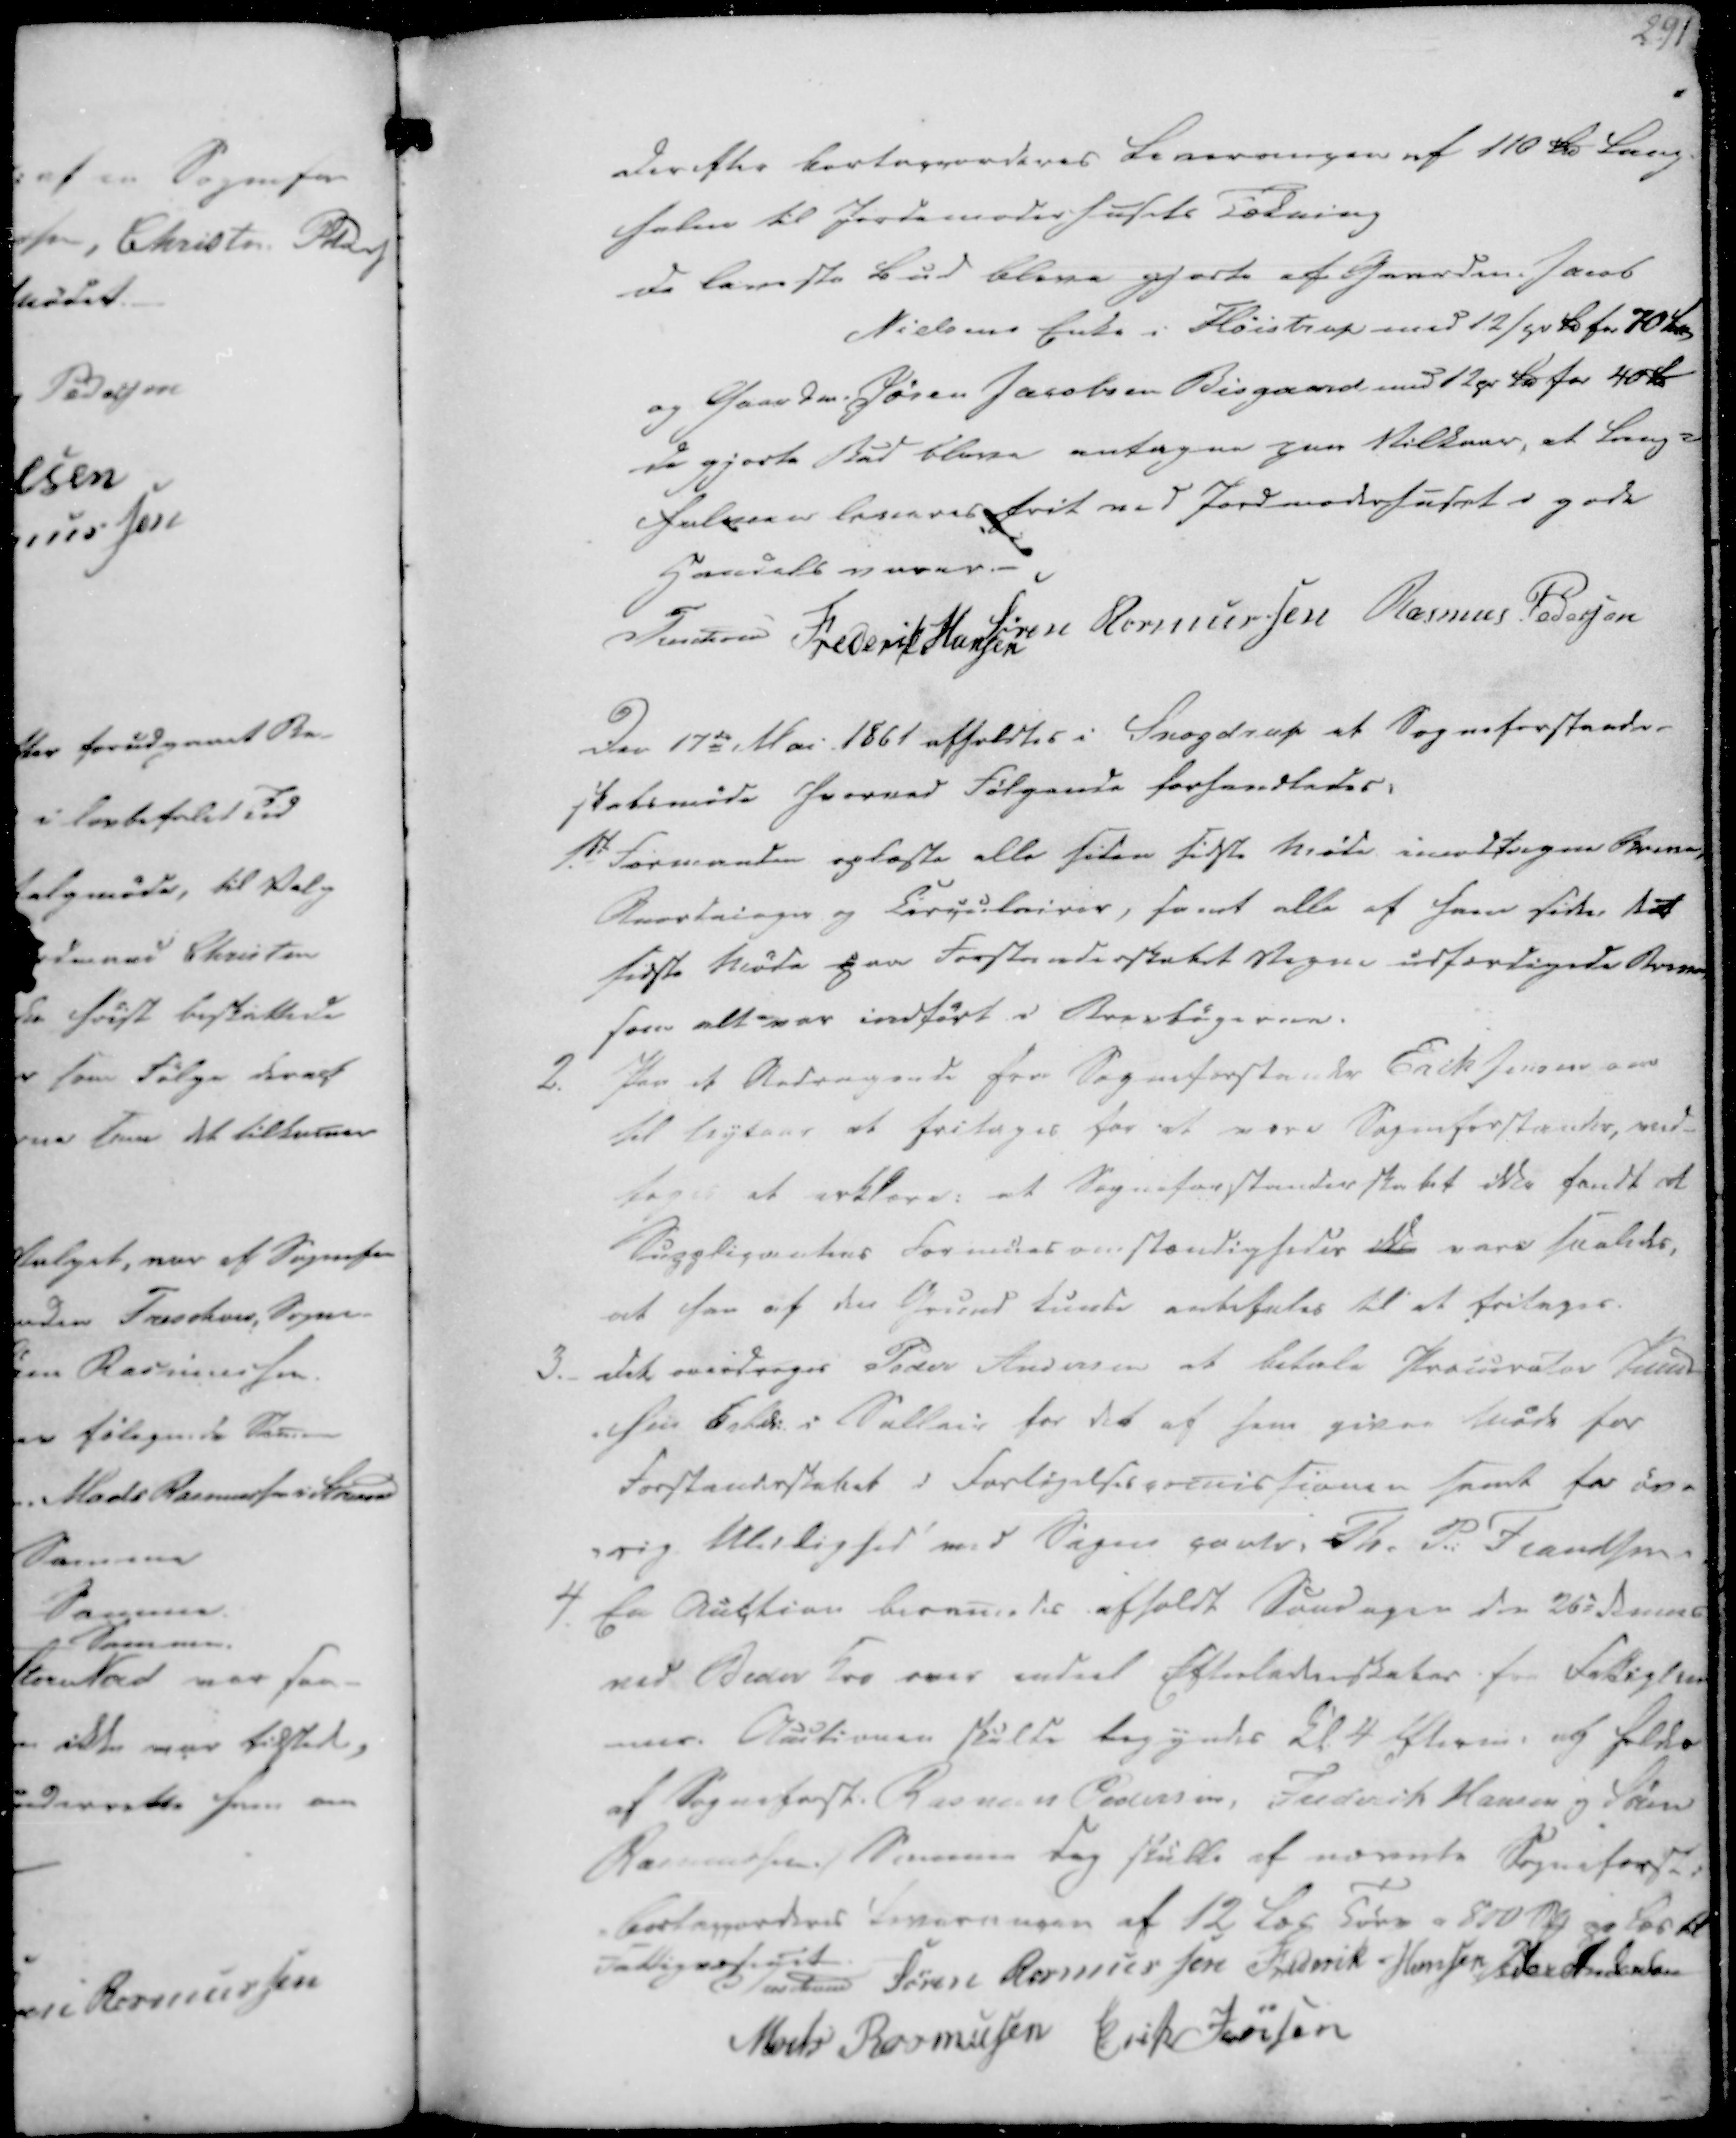
Transskription:
Derefter bortaccorderes Leveringen af 110 Td Lang
halm til Jordemoderhusets Tækning
De laveste Bud bleve gjorte af Gaardm. Jacob
Nielsens Enke i Fløistrup med 12/pr Td for 70 
og Gaardm. Søren Jacobsen Bisgaard, med 12 pr Td for 40 Rd
de gjorte Bud bleve antagne paa Vilkaar, at Lang-
Halmen leveres frit ved Jordmoderhuset i gode
Handels varer.

Treschov
Frederik Hansen
Søren Rasmussen
Rasmus Pedersen

Den 17de Mai 1861 afholdtes i Snogdrup et Sogneforstander-
skabsmøde hvorved Følgende forhandledes:

1.st Formanden oplæste alle siden sidste Møde imodtagene Breve,
Anordninger og Circulairer, samt alle af ham siden det
sidste Møde paa Forstanderskabet Vegne udfærdigede Breve
som alt var indført i Brevbøgerne.
2. Paa et Andragende fra Sogneforstander Erik Jensen om
til Nytaar at fritages for at være Sogneforstander, ved-
tages at erklære: at Sogneforstanderskabet ikke fandt det
Suppligmetens Formedes omstændigheder ikke vare saaledes,
at han af den Grund kunde anbefales til at fritages.

3._ Det overdrages Peder Andersen at betale Procurator Taus
-sen 6 Rdl. i Sallair for det af ham givne Møde for
Forstanderskabet i Forligelsescomissionen samt for øv-
-rig Uleilighed med Sogne cautr. Th. P. Frandsen.
4. En Auction beramedes afholdt Søndagen den 26e dennes
ved Beder Kro over endeel Efterladenskaber fra Fattiglem
mer. Auctionen skulde begyndes Kl. 4 Efterm. og holdes
af Sogneforst. Rasmus Pedersen, Frederik Hansen og Søren
Rasmussen. Samme Dag skulle af nævnte Sogneforst.
Bortacccorderes Leveringen af 12 Læs Tørv a 810 Skp pr Læs til
Fattigvæsenet.

Treschov
Søren Rasmussen
Friderik Hansen
Peder Andersen
Mads Rasmussen
Erik Jensen